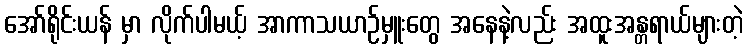
အော်ရိုင်းယန် မှာ လိုက်ပါမယ့် အာကာသယာဉ်မှူးတွေ အနေနဲ့လည်း အထူးအန္တရာယ်များတဲ့